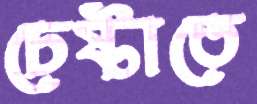
চেষ্টাতে